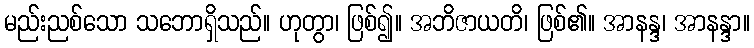
မည်းညစ်သော သဘောရှိသည်။ ဟုတွာ၊ ဖြစ်၍။ အဘိဇာယတိ၊ ဖြစ်၏။ အာနန္ဒ၊ အာနန္ဒာ။